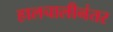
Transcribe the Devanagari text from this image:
हालचालीनंतर